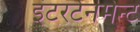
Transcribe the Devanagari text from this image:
इंटरटेनमेन्ट